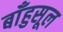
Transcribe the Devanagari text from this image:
बाँहुसूल